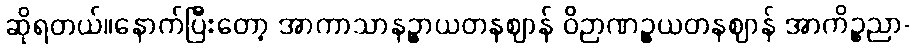
ဆိုရတယ်။နောက်ပြီးတော့ အာကာသာနဉ္စာယတနဈာန် ဝိဉာဏဉ္စယတနဈာန် အာကိဉ္စညာ-